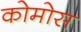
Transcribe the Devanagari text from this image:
कोमोस